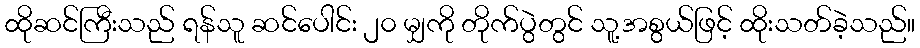
ထိုဆင်ကြီးသည် ရန်သူ ဆင်ပေါင်း ၂၀ မျှကို တိုက်ပွဲတွင် သူ့အစွယ်ဖြင့် ထိုးသတ်ခဲ့သည်။